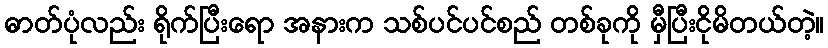
ဓာတ်ပုံလည်း ရိုက်ပြီးရော အနားက သစ်ပင်ပင်စည် တစ်ခုကို မှီပြီးငိုမိတယ်တဲ့။